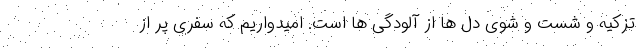
تزکیه و شست و شوی دل ها از آلودگی ها است. امیدواریم که سفری پر از